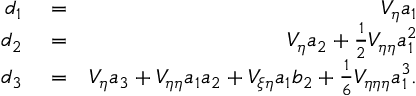
\begin{array} { r l r } { d _ { 1 } } & { { } = } & { V _ { \eta } a _ { 1 } } \\ { d _ { 2 } } & { { } = } & { V _ { \eta } a _ { 2 } + \frac { 1 } { 2 } V _ { \eta \eta } a _ { 1 } ^ { 2 } } \\ { d _ { 3 } } & { { } = } & { V _ { \eta } a _ { 3 } + V _ { \eta \eta } a _ { 1 } a _ { 2 } + V _ { \xi \eta } a _ { 1 } b _ { 2 } + \frac { 1 } { 6 } V _ { \eta \eta \eta } a _ { 1 } ^ { 3 } . } \end{array}